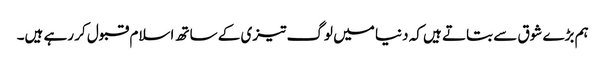
ہم بڑے شوق سے بتاتے ہیں کہ دنیا میں لوگ تیزی کے ساتھ اسلام قبول کر رہے ہیں۔